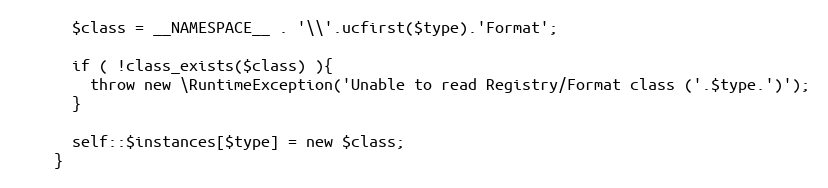
Language: PHP
      $class = __NAMESPACE__ . '\\'.ucfirst($type).'Format';

      if ( !class_exists($class) ){
        throw new \RuntimeException('Unable to read Registry/Format class ('.$type.')');
      }

      self::$instances[$type] = new $class;
    }